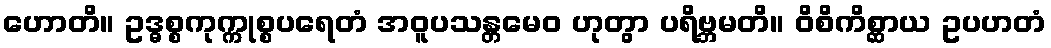
ဟောတိ။ ဥဒ္ဓစ္စကုက္ကုစ္စပရေတံ အဝူပသန္တမေဝ ဟုတွာ ပရိဗ္ဘမတိ။ ဝိစိကိစ္ဆာယ ဥပဟတံ